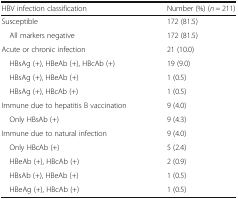
<table><thead><tr><td><b>HBV infection classification</b></td><td><b>Number (%) (<i>n</i> = 211)</b></td></tr></thead><tbody><tr><td>Susceptible</td><td>172 (81.5)</td></tr><tr><td> All markers negative</td><td>172 (81.5)</td></tr><tr><td>Acute or chronic infection</td><td>21 (10.0)</td></tr><tr><td> HBsAg (+), HBeAb (+), HBcAb (+)</td><td>19 (9.0)</td></tr><tr><td> HBsAg (+), HBeAb (+)</td><td>1 (0.5)</td></tr><tr><td> HBsAg (+), HBcAb (+)</td><td>1 (0.5)</td></tr><tr><td>Immune due to hepatitis B vaccination</td><td>9 (4.0)</td></tr><tr><td> Only HBsAb (+)</td><td>9 (4.3)</td></tr><tr><td>Immune due to natural infection</td><td>9 (4.0)</td></tr><tr><td> Only HBcAb (+)</td><td>5 (2.4)</td></tr><tr><td> HBeAb (+), HBcAb (+)</td><td>2 (0.9)</td></tr><tr><td> HBsAb (+), HBeAb (+)</td><td>1 (0.5)</td></tr><tr><td> HBeAg (+), HBcAb (+)</td><td>1 (0.5)</td></tr></tbody></table>